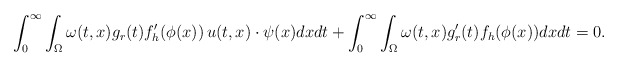
\begin{align*}\int_{0}^\infty \int_{\Omega} \omega(t,x) g_r(t) f_h'(\phi(x))\, u(t,x)\cdot \psi(x) dxdt + \int_{0}^\infty \int_{\Omega} \omega(t,x) g_r'(t) f_h(\phi(x)) dxdt =0.\end{align*}